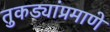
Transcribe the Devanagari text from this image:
तुकड्यांप्रमाणे